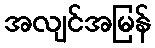
အလျင်အမြန်